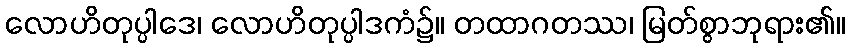
လောဟိတုပ္ပါဒေ၊ လောဟိတုပ္ပါဒကံ၌။ တထာဂတဿ၊ မြတ်စွာဘုရား၏။